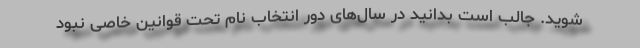
شوید. جالب است بدانید در سال‌های دور انتخاب نام تحت قوانین خاصی نبود